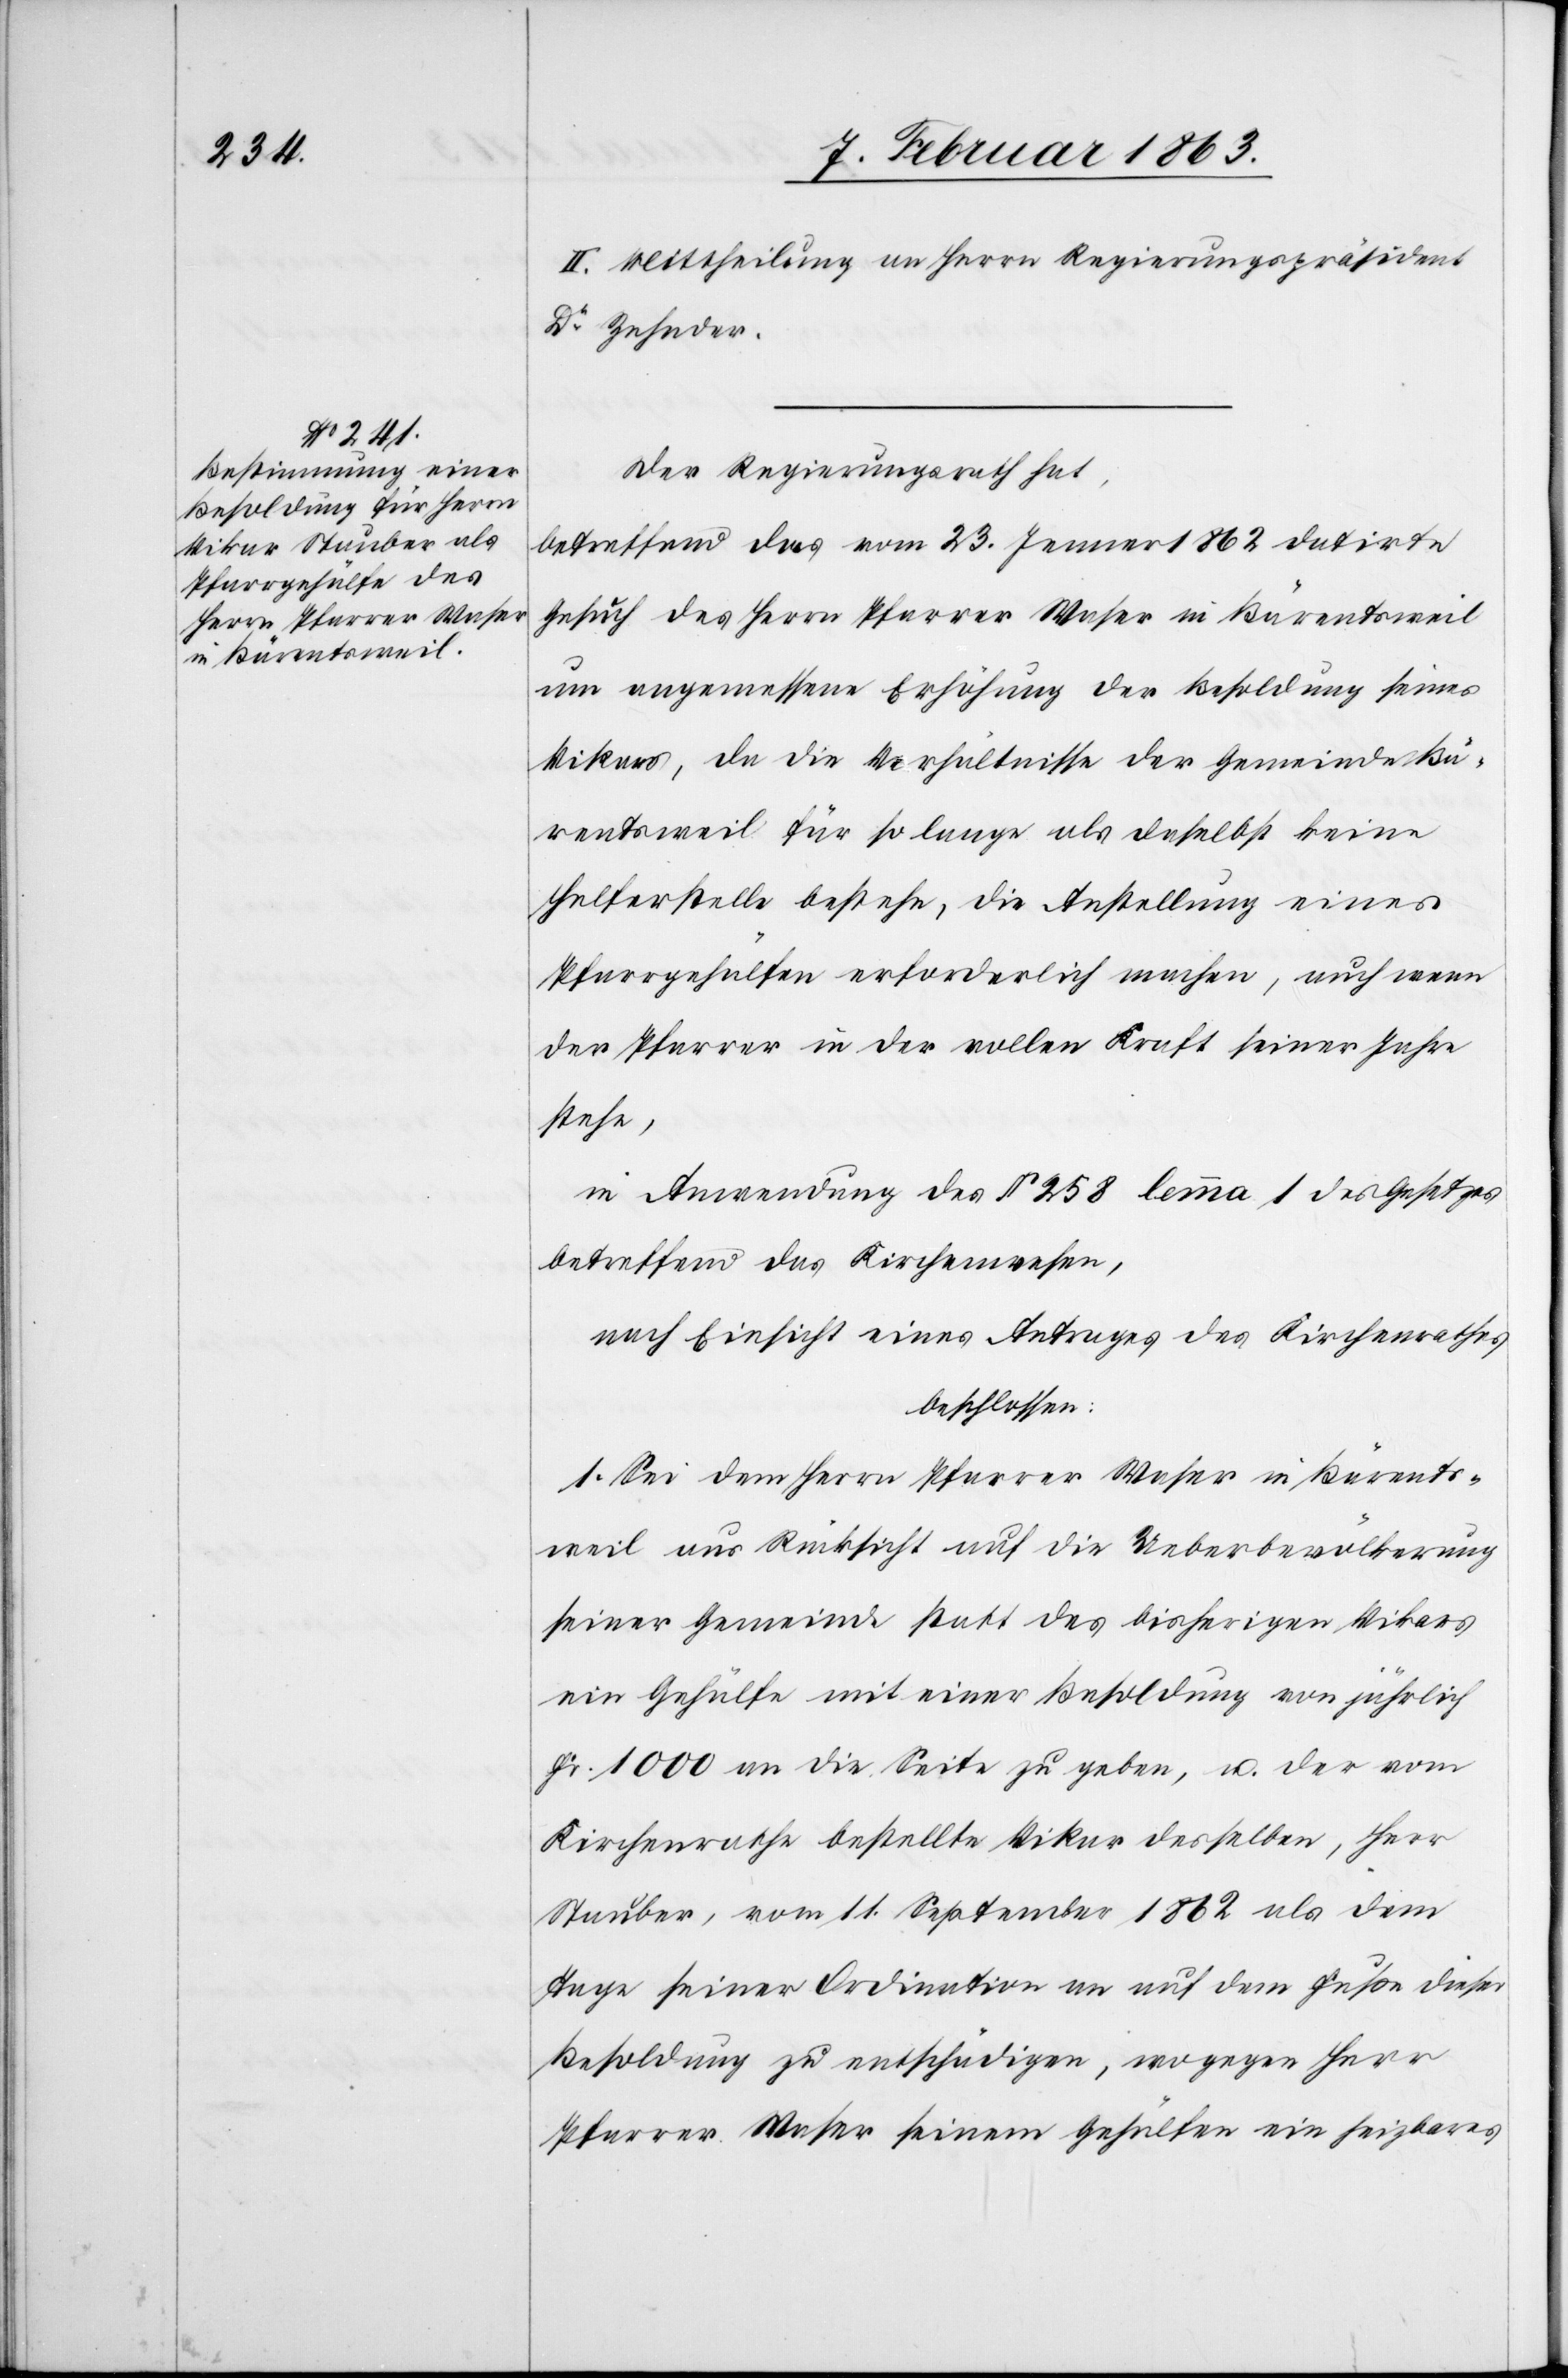
II. Mittheilung an Herrn Regierungspräsident
Dr Zehnder.
Der Regierungsrath hat,
betreffend das vom 23. Jenner 1862 datirte
Gesuch des Herrn Pfarrer Waser in Bärentsweil
um angemessene Erhöhung der Besoldung seines
Vikars, da die Verhältnisse der Gemeinde Bä¬
rentsweil für so lange als daselbst keine
Helferstelle bestehe, die Anstellung eines
Pfarrgehülfen erforderlich machen, auch wenn
der Pfarrer in der vollen Kraft seiner Jahre
stehe,
in Anwendung des § 258 lemma 1 des Gesetzes
betreffend das Kirchenwesen,
nach Einsicht eines Antrages des Kirchenrathes
beschlossen:
1. Sei dem Herrn Pfarrer Waser in Bärents¬
weil aus Rücksicht auf die Ueberbevölkerung
seiner Gemeinde statt des bisherigen Vikars
ein Gehülfe mit einer Besoldung von jährlich
Fr. 1000 an die Seite zu geben, u. der vom
Kirchenrathe bestellte Vikar desselben, Herrn
Stauber, vom 11. September 1862 als dem
Tage seiner Ordination an auf dem Fuße dieser
Besoldung zu entschädigen, wogegen Herrn
Pfarrer Waser seinem Gehülfen ein heizbares